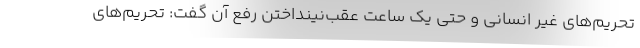
تحریم‌های غیر انسانی و حتی یک ساعت عقب‌نینداختن رفع آن گفت: تحریم‌های